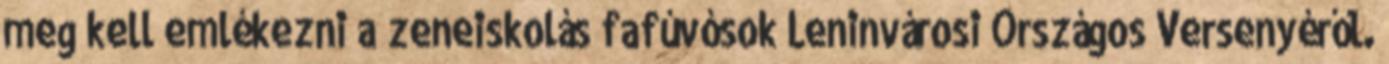
meg kell emlékezni a zeneiskolás fafúvósok Leninvárosi Országos Versenyéről.